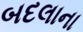
બદલાના